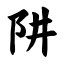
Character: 阱